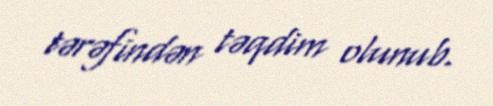
tərəfindən təqdim olunub.